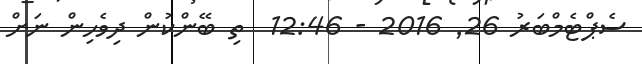
ސެޕްޓެމްބަރު 26